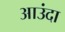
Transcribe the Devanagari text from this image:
आउंदा